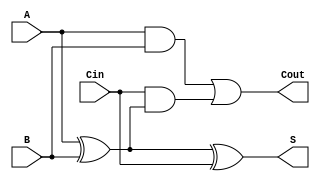
module full_adder (
    input wire A,      // First binary input
    input wire B,      // Second binary input
    input wire Cin,    // Carry input
    output wire S,     // Sum output
    output wire Cout   // Carry output
);

// Internal wires for intermediate calculations
wire AxorB;

// Calculate the sum using XOR gates
assign AxorB = A ^ B;      // A XOR B
assign S = AxorB ^ Cin;    // (A XOR B) XOR Cin

// Calculate the carry-out using AND and OR gates
assign Cout = (A & B) | (Cin & AxorB); // (A AND B) OR (Cin AND (A XOR B))

endmodule